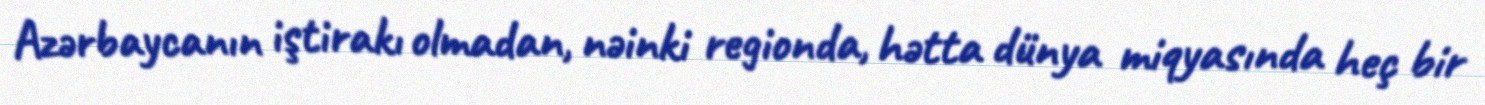
Azərbaycanın iştirakı olmadan, nəinki regionda, hətta dünya miqyasında heç bir